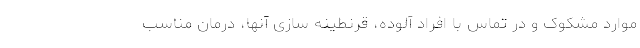
موارد مشکوک و در تماس با افراد آلوده، قرنطینه سازی آنها، درمان مناسب